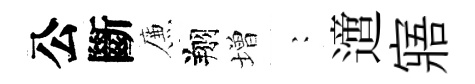
公斷簾翔増巍𨗁寤